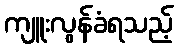
ကျူးလွန်ခံရသည့်